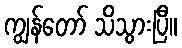
ကျွန်တော် သိသွားပြီ။